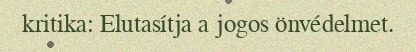
kritika: Elutasítja a jogos önvédelmet.